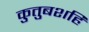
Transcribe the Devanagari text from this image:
कुतुबशहि